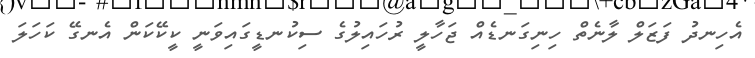
އެހިނދު ފަޒަލް ލާނެތް ހިނިގަނޑެއް ޖަހާލީ ރުހައިލުގެ ސިކުނޑީގައިވަނީ ކީކޭކަން އެނގޭ ކަހަލަ